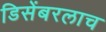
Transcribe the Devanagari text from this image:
डिसेंबरलाच